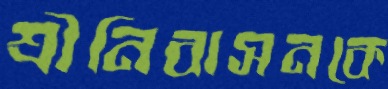
শ্রীনিবাসনকে